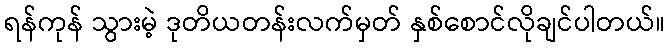
ရန်ကုန် သွားမဲ့ ဒုတိယတန်းလက်မှတ် နှစ်စောင်လိုချင်ပါတယ်။